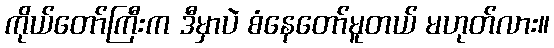
ကိုယ်တော်ကြီးက ဒီမှာပဲ စံနေတော်မူတယ် မဟုတ်လား။